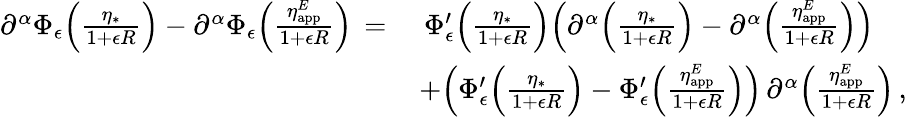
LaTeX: \begin{array}{rl}{\partial^{\alpha}\Phi_{\epsilon}\Bigl(\frac{\eta_{*}}{1{+}\epsilon R}\Bigr)-\partial^{\alpha}\Phi_{\epsilon}\Bigl(\frac{\eta_{\mathrm{app}}^{E}}{1{+}\epsilon R}\Bigr)\, =\, }&{\, \Phi_{\epsilon}^{\prime}\Bigl(\frac{\eta_{*}}{1{+}\epsilon R}\Bigr)\Bigl(\partial^{\alpha}\Bigl(\frac{\eta_{*}}{1{+}\epsilon R}\Bigr)-\partial^{\alpha}\Bigl(\frac{\eta_{\mathrm{app}}^{E}}{1{+}\epsilon R}\Bigr)\Bigr)}\\ &{+\Bigl(\Phi_{\epsilon}^{\prime}\Bigl(\frac{\eta_{*}}{1{+}\epsilon R}\Bigr)-\Phi_{\epsilon}^{\prime}\Bigl(\frac{\eta_{\mathrm{app}}^{E}}{1{+}\epsilon R}\Bigr)\Bigr)\, \partial^{\alpha}\Bigl(\frac{\eta_{\mathrm{app}}^{E}}{1{+}\epsilon R}\Bigr)\, ,}\end{array}